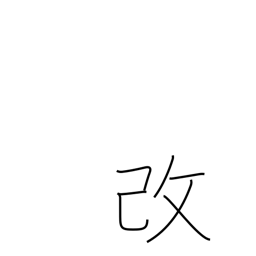
Meaning: modify